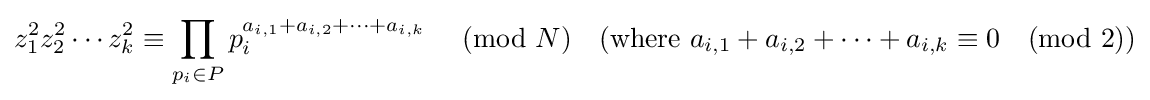
{z_{1}^{2}z_{2}^{2}\cdots z_{k}^{2}\equiv \prod _{p_{i}\in P}p_{i}^{a_{i,1}+a_{i,2}+\cdots +a_{i,k}}\ {\pmod {N}}\quad ({\text{where }}a_{i,1}+a_{i,2}+\cdots +a_{i,k}\equiv 0{\pmod {2}})}